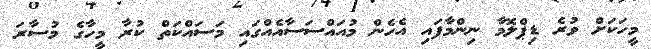
މީހަކަށް ވުރެ ޑިޕްލޮމާ ނިންމާފައި އެހެން މުއައްސަސާއެއްގައި މަސައްކަތް ކުރާ މީހާގެ މުސާރަ